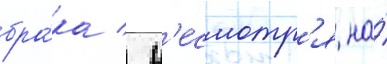
бра́ка / н'есмотр'я на́